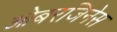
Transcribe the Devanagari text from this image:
ओबरजिनेस